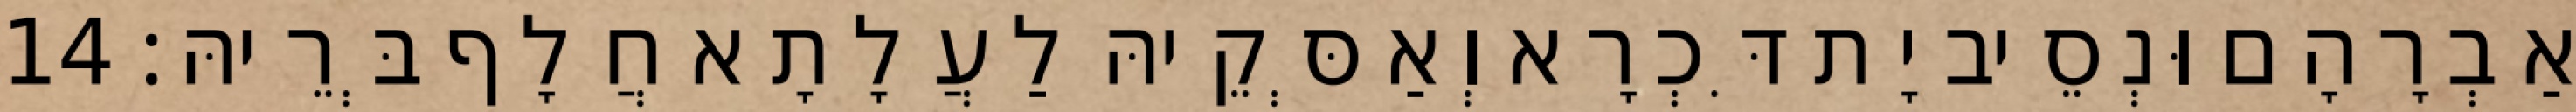
אַבְרָהָם וּנְסֵיב יָת דִּכְרָא וְאַסְּקֵיהּ לַעֲלָתָא חֲלָף בְּרֵיהּ׃ 14